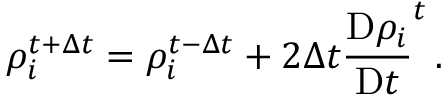
\rho _ { i } ^ { t + \Delta t } = \rho _ { i } ^ { t - \Delta t } + 2 \Delta t \frac { \mathrm { D } \rho _ { i } } { \mathrm { D } t } ^ { t } \, .